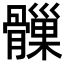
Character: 𩪑